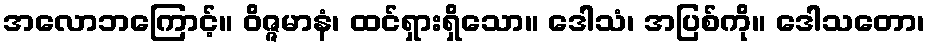
အလောဘကြောင့်။ ဝိဇ္ဇမာနံ၊ ထင်ရှားရှိသော။ ဒေါသံ၊ အပြစ်ကို။ ဒေါသတော၊